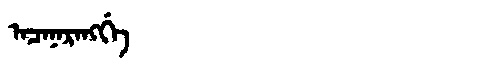
Manchu: ᠠᠴᠠᠨᠠᡵᠠᠩᡤᡝ
Romanization: ACANARANGGE